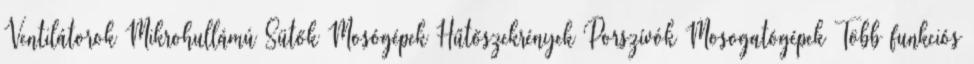
Ventilátorok Mikrohullámú Sütők Mosógépek Hűtőszekrények Porszívók Mosogatógépek Több funkciós